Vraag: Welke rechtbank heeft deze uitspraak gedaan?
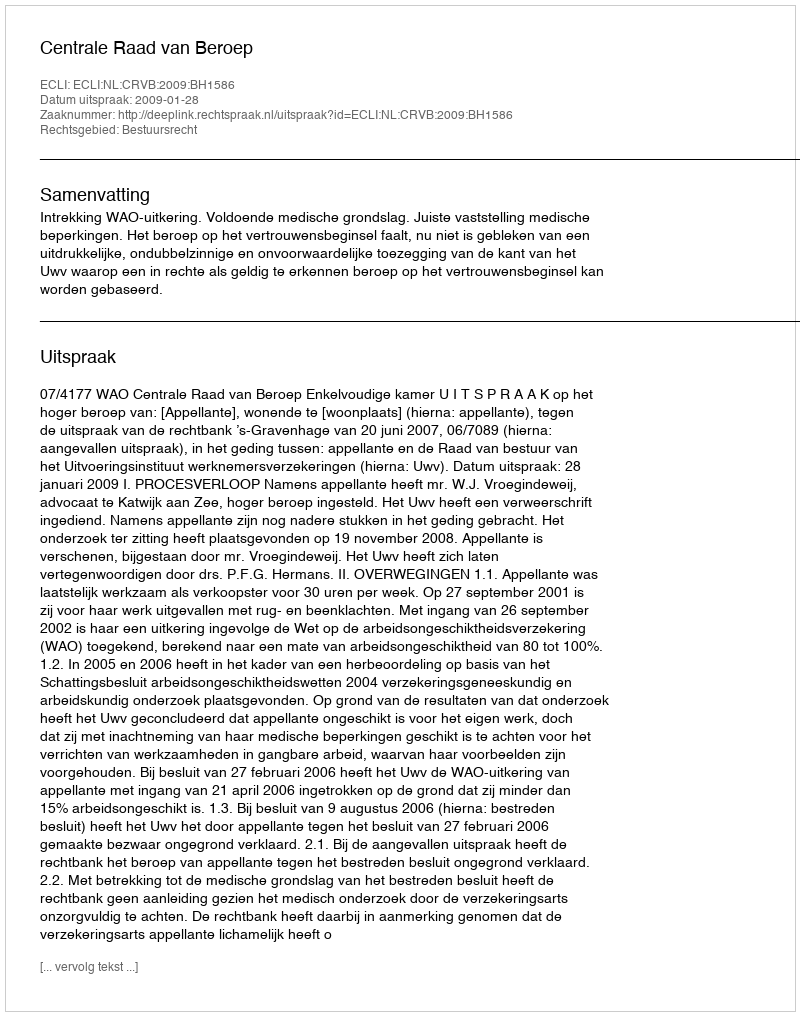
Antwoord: Centrale Raad van Beroep